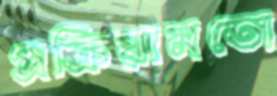
প্রক্রিয়ামতো